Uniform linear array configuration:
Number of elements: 24
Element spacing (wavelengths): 0.75
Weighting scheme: kaiser
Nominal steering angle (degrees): -15
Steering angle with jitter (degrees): -14.093
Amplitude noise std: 0.05
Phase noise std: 0.05

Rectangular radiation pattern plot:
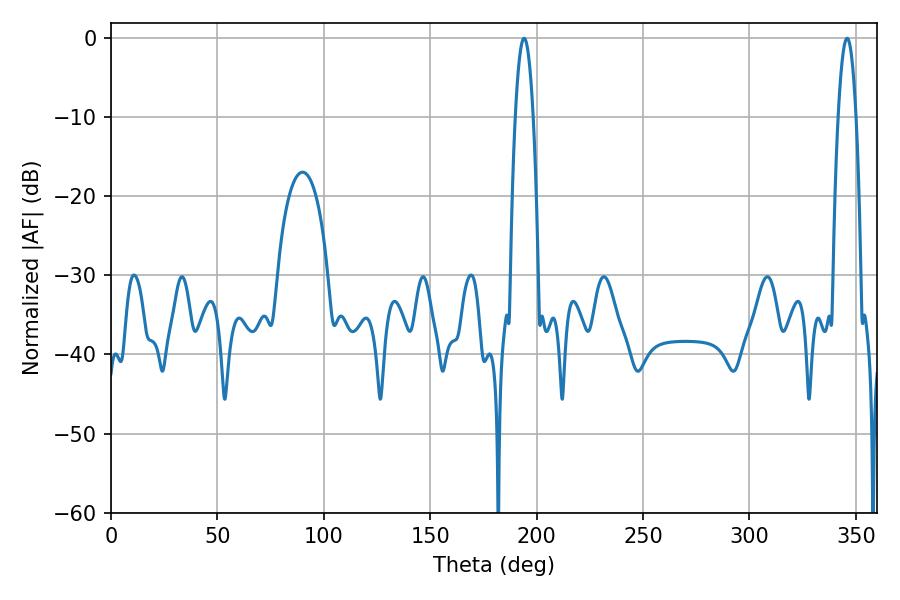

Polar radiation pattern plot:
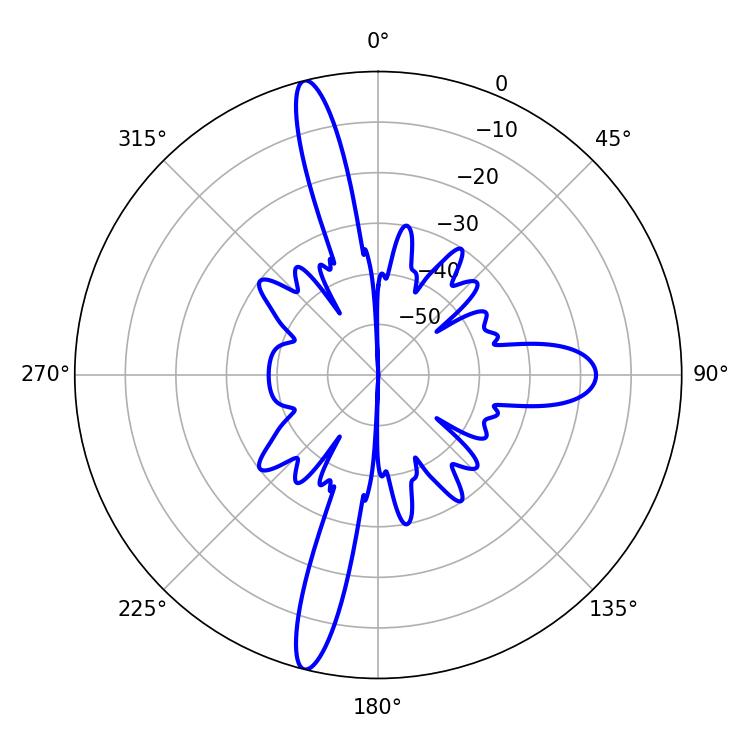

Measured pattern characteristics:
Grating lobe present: TRUE
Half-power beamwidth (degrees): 4.5
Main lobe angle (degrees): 194.04